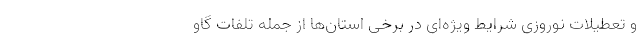
و تعطیلات نوروزی شرایط ویژه‌ای در برخی استان‌ها از جمله تلفات گاو